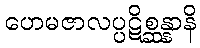
ဟေမဇာလပ္ပဋိစ္ဆန္နာနိ